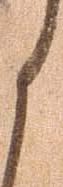
く